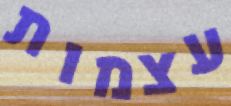
עצמות